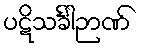
ပဋိသင်္ခါဉာဏ်